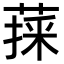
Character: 𦷀